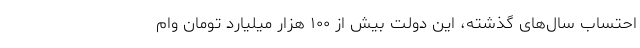
احتساب سال‌های گذشته، این دولت بیش از ۱۰۰ هزار میلیارد تومان وام